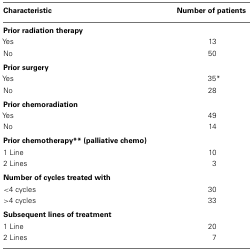
| Characteristic | Number of patients |
 | --- | --- |
 | <COLSPAN=2> Prior radiation therapy |
 | Yes | 13 |
 | No | 50 |
 | <COLSPAN=2> Prior surgery |
 | Yes | 35* |
 | No | 28 |
 | <COLSPAN=2> Prior chemoradiation |
 | Yes | 49 |
 | No | 14 |
 | <COLSPAN=2> Prior chemotherapy** (palliative chemo) |
 | 1 Line | 10 |
 | 2 Lines | 3 |
 | <COLSPAN=2> Number of cycles treated with |
 | <4 cycles | 30 |
 | >4 cycles | 33 |
 | <COLSPAN=2> Subsequent lines of treatment |
 | 1 Line | 20 |
 | 2 Lines | 7 |